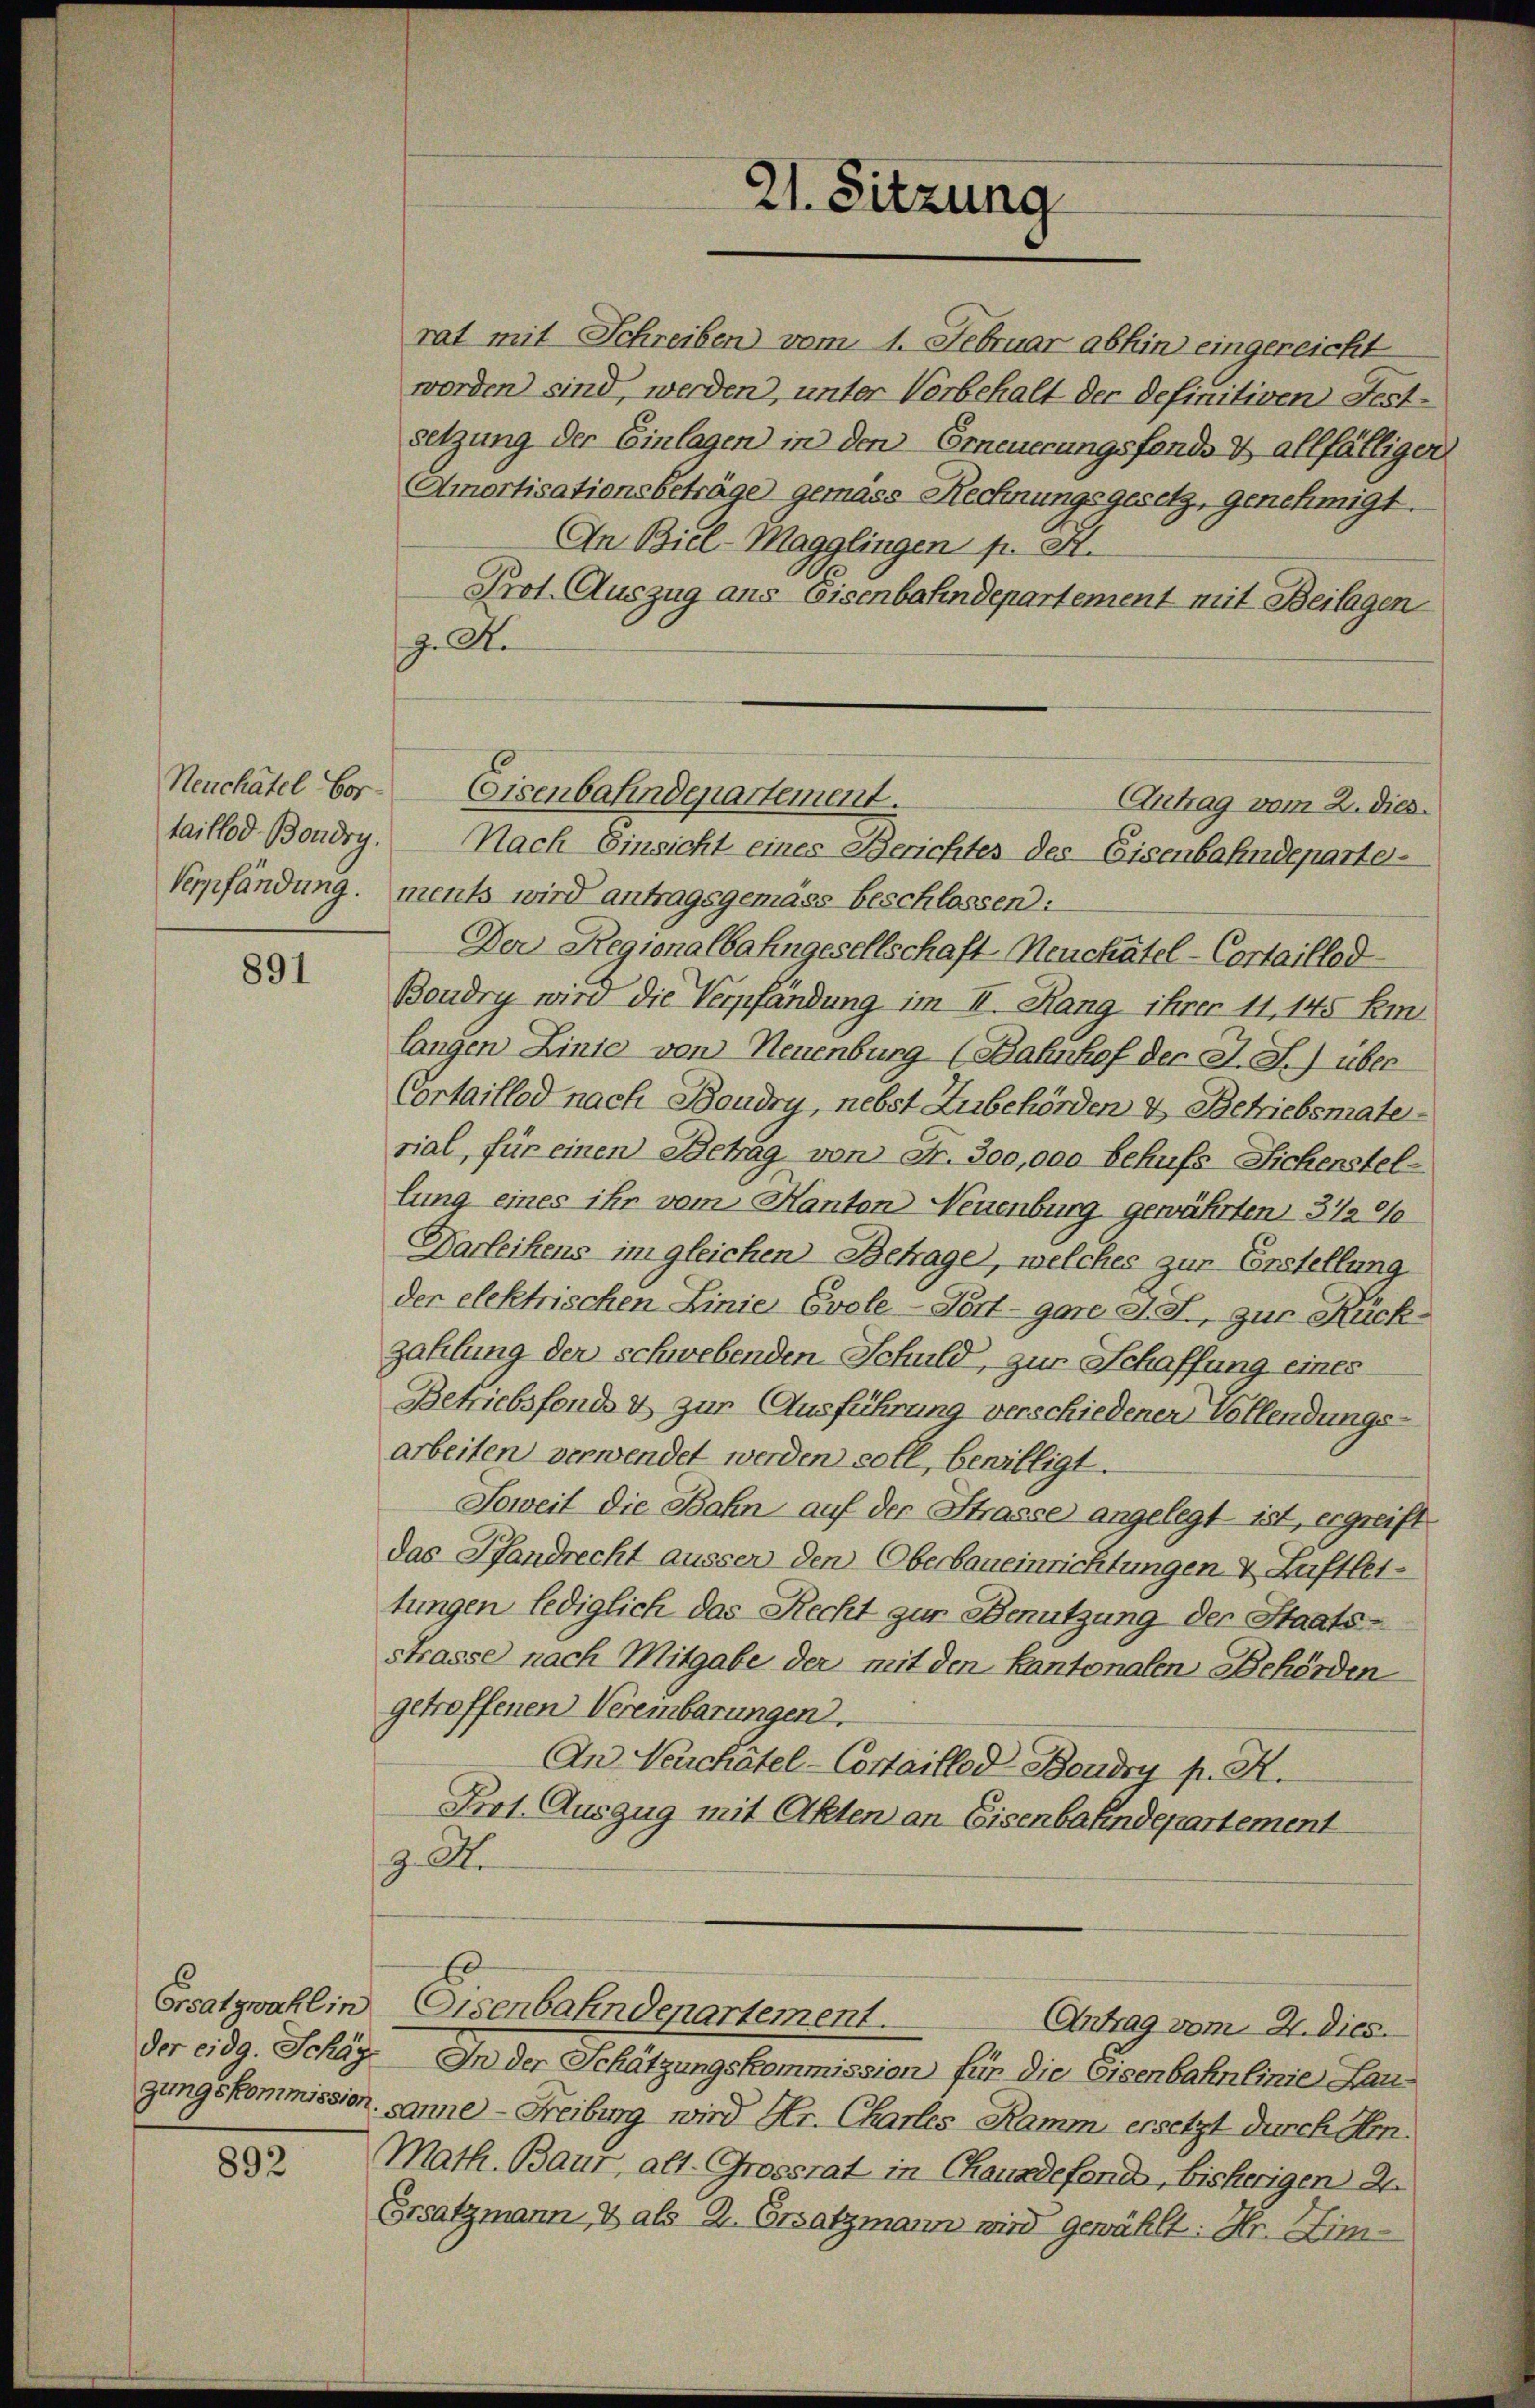
892

891

rat mit Schreiben vom 1. Februar abhin eingereicht
worden sind, werden, unter Vorbehalt der definitiven Festsetzung der Einlagen in den Erneuerungsfonds & allfälliger
Amortisationsbeträge gemäss Rechnungsgesetz, genehmigt.
An Biel-Magglingen pr. S.
Prot. Auszug aus Eisenbahndepartement mit Beilagen
z. Re
Neuchatel Vor- Eisenbahndepartement.
Antrag vom 2. dies.
taillod Bondry. Nach Einsicht eines Berichter des Eisenbahndeparte¬
Verpfändung. ments wird antragsgemäss beschlossen:
Der Regionalbahngesellschaft Neuchatel - Cortaillod
Boudry wird die Verpfändung im II. Rang ihrer 11, 145 Em
langen Linie von Neuenburg (Bahnhof der J. J.) über
Cortaillod nach Baudry, nebst Zubehörden & Betriebsmaterial, für einen Betrag von Fr. 300,000 behufs Sichenstellung eines ihr vom Hanton Neuenburg gewährten 312 %
Darleihens im gleichen Betrage, welches zur Erstellung
der elektrischen Linie Evole-Port - gar d. 3, zur Rückzahlung der schwebenden Schuld, zur Schaffung eines
Betriebsfonds & zur Ausführung verschiedenen Vollendungsarbeiten verwendet werden soll, bewilligt.
Soweit die Bahn auf der Strasse angelegt ist, ergreift
das Pfandrecht ausser den Oberbaueinrichtungen & Zuftlettungen lediglich das Recht zur Benutzung der Staatsstrasse nach Mitgabe der mit den Kantonalen Behörden
getreffenen Vereinbarungen.
An Neuchâtel - Costaillod Bonden p. K.
Prot. Auszug mit Akten an Eisenbahndepartement
z. A.
Ersatzwahl in Eisenbahndepartement.
Antrag vom 21. Dies
der eidg. Schäg. In der Schätzungskommission für die Eisenbahnlinie Laugungskommission, sanne - Freibung wird Hr. Charles Ramm ersetzt durch Hin¬
Math. Baut, alt. Grossrat in Chauadefonds, bisherigen der
Ersatzmann & als 2. Ersatzmann wird gewählt: Hr. Zim¬

21. Sitzung